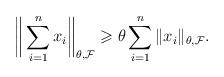
LaTeX: \begin{align*} \bigg\|\sum_{i=1}^n x_i\bigg\|_{\theta,\mathcal{F}} \geqslant \theta\sum_{i=1}^n\|x_i\|_{\theta,\mathcal{F}}. \end{align*}